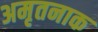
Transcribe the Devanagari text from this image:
अमृतनाक